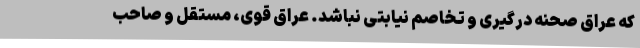
که عراق صحنه درگیری و تخاصم نیابتی نباشد. عراق قوی، مستقل و صاحب